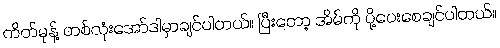
ကိတ်မုန့် တစ်လုံးအော်ဒါမှာချင်ပါတယ်။ ပြီးတော့ အိမ်ကို ပို့ပေးစေချင်ပါတယ်။